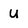
Character: u